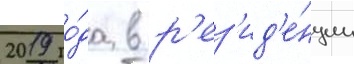
2019 го́да в р'ез'ид'е́нции